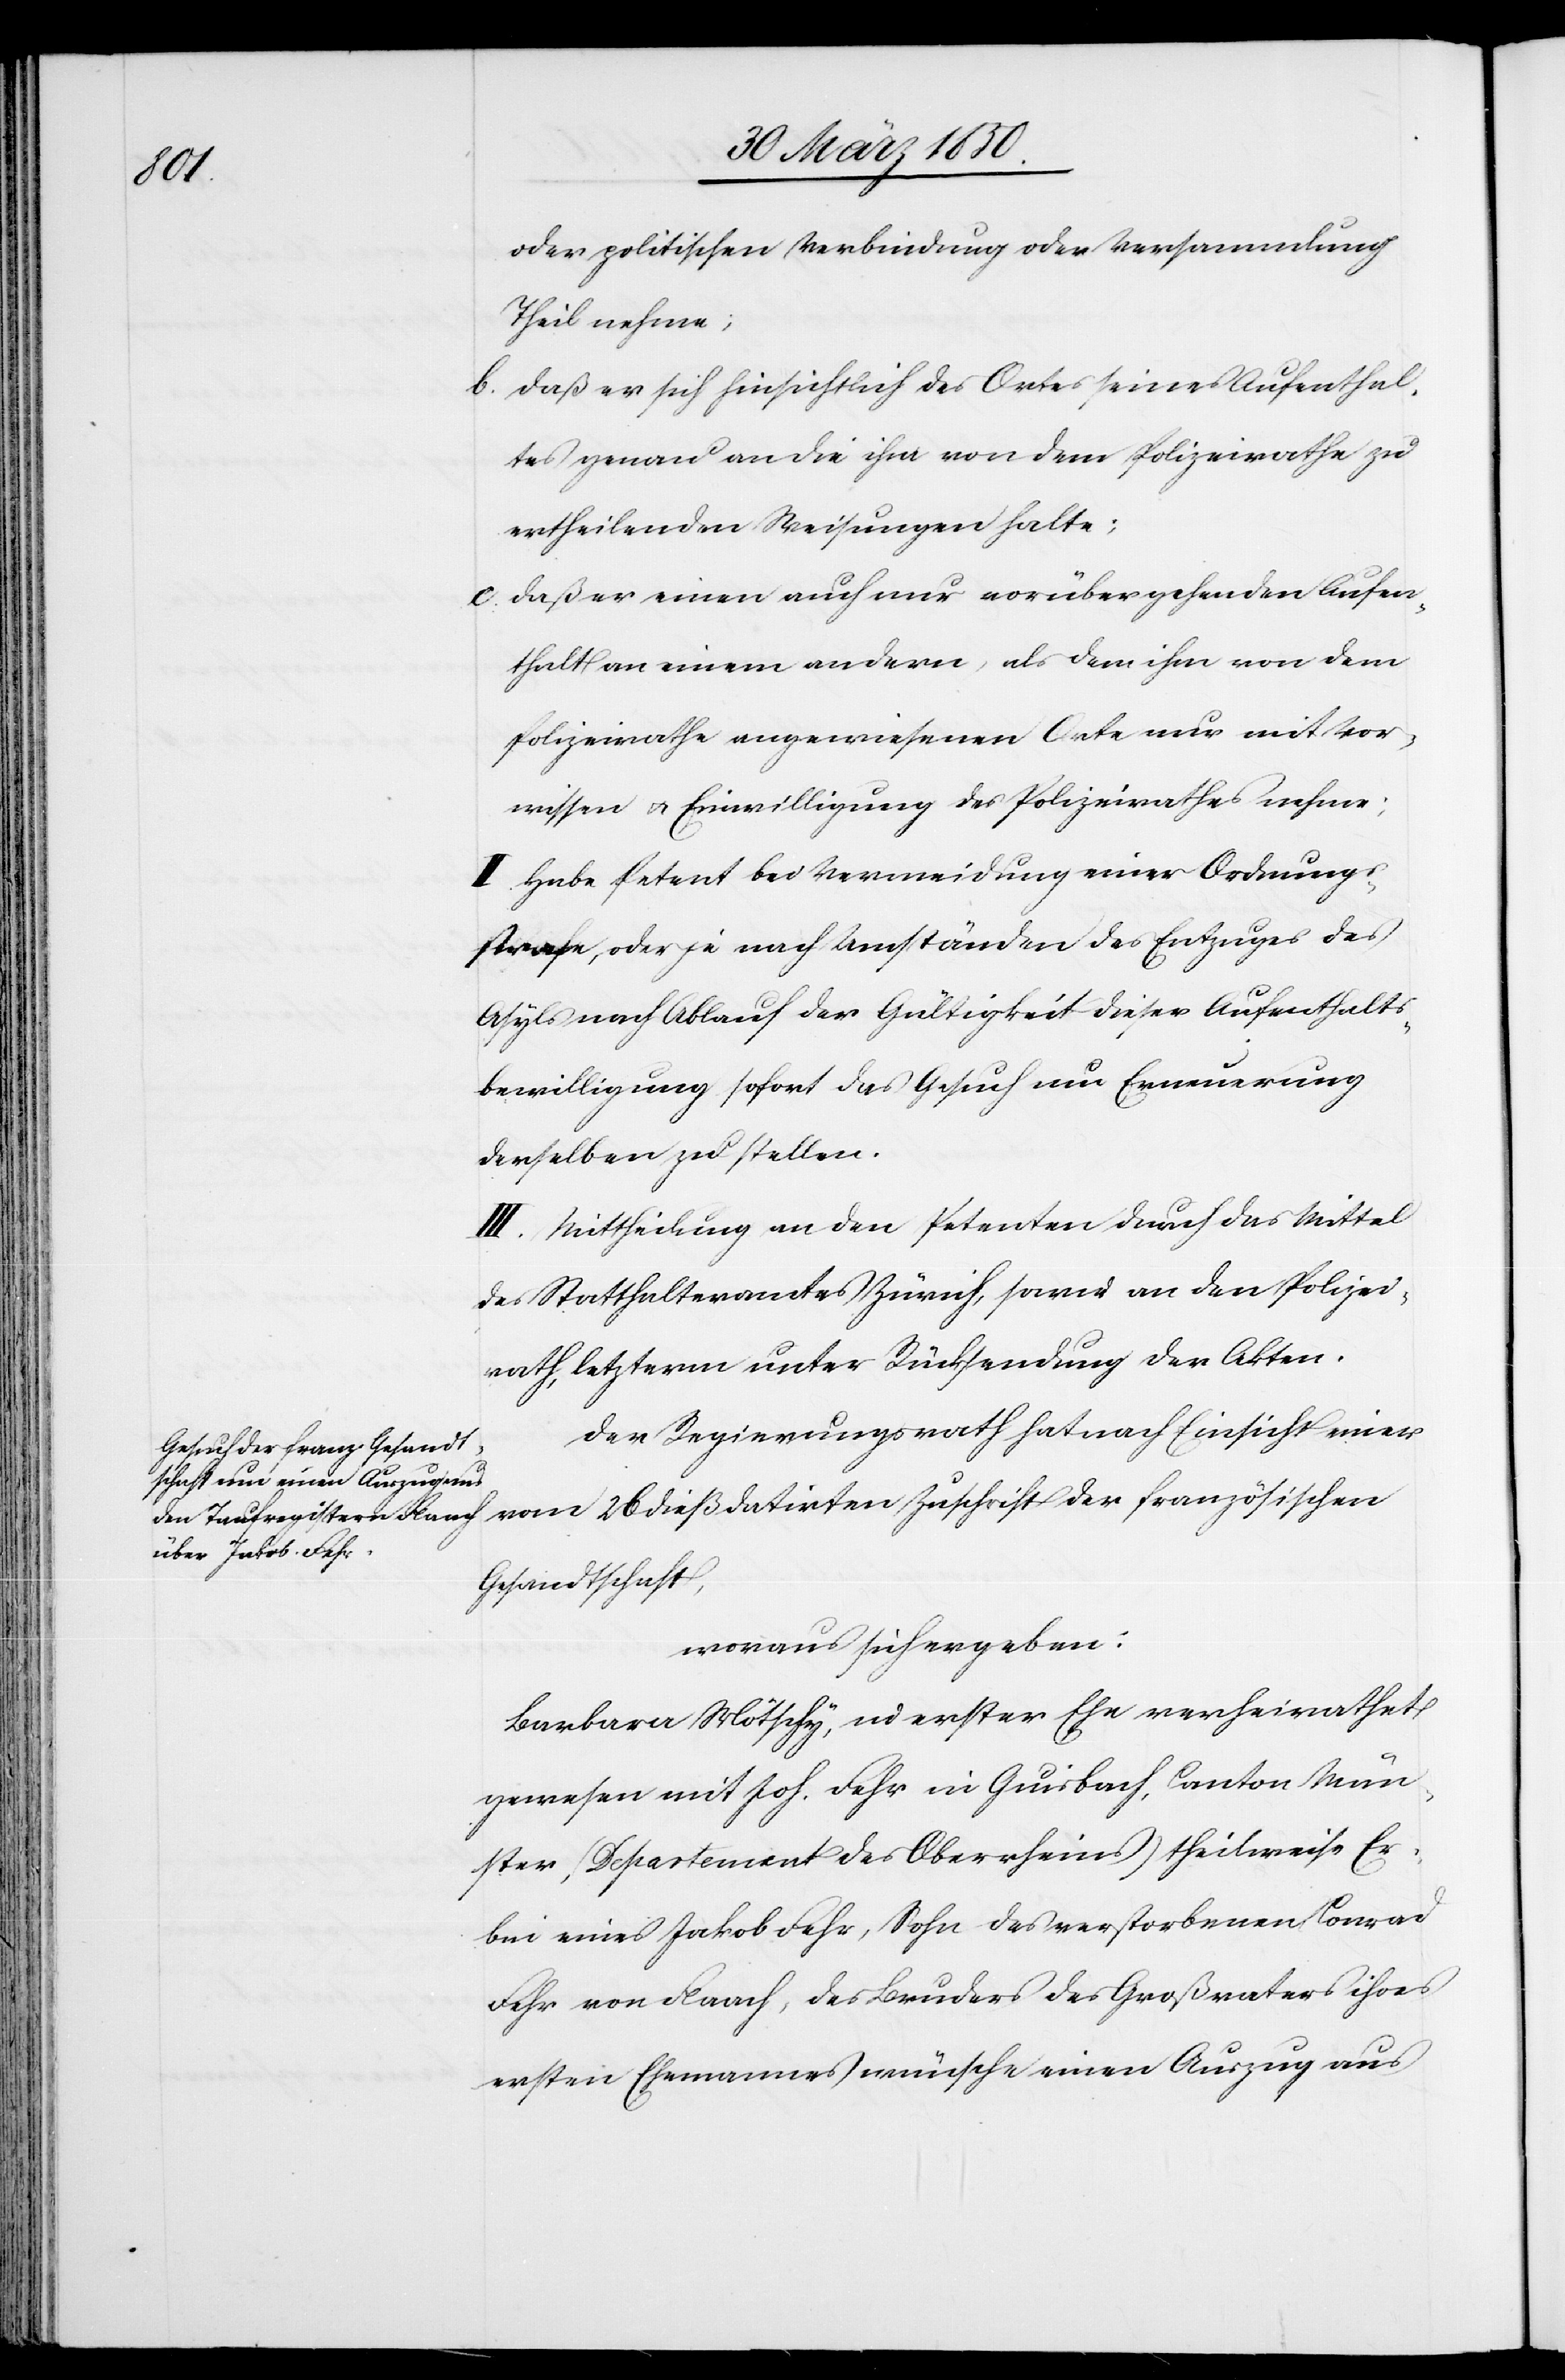
oder politischen Verbindung oder Versammlung
Theil nehme;
b. Daß er sich hinsichtlich des Ortes seines Aufenthal¬
tes genau an die ihm von dem Polizeirathe zu
ertheilenden Weisungen halte;
c. Daß er einen auch nur vorübergehenden Aufen¬
thalt an einem andern, als dem ihm von dem
Polizeirathe angewiesenen Orte nur mit Vor¬
wissen u. Einwilligung der Polizeirathes nehme;
II. Habe Petent bei Vermeidung einer Ordnungs¬
strafe, oder je nach Umständen des Entzuges des
Asyls nach Ablauf der Gültigkeit dieser Aufenthalts¬
bewilligung sofort das Gesuch um Erneuerung
derselben zu stellen.
III. Mittheilung an den Petenten durch das Mittel
des Statthalteramtes Zürich, sowie an dne Polizei¬
rath, letzterm unter Rücksendung der Akten.
Der Regierungsrath hat nach Einsicht einer
vom 26 dieß datirten Zuschrift der französischen
Gesandtschaft,
woraus sich ergeben:
Barbara Mötschy, in erster Ehe verheirathet
gewesen mit Joh. Fehr in Guisbach, Canton Mün¬
ster, (Departement des Oberrheins) theilsweise Er¬
bin eines Jakob Fehr, Sohn des verstorbenen Conrad
Fehr von Flaach, des Bruders des Großvaters ihres
ersten Ehemannes wünsche einen Auszug aus